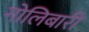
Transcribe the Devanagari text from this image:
गोलिबारी